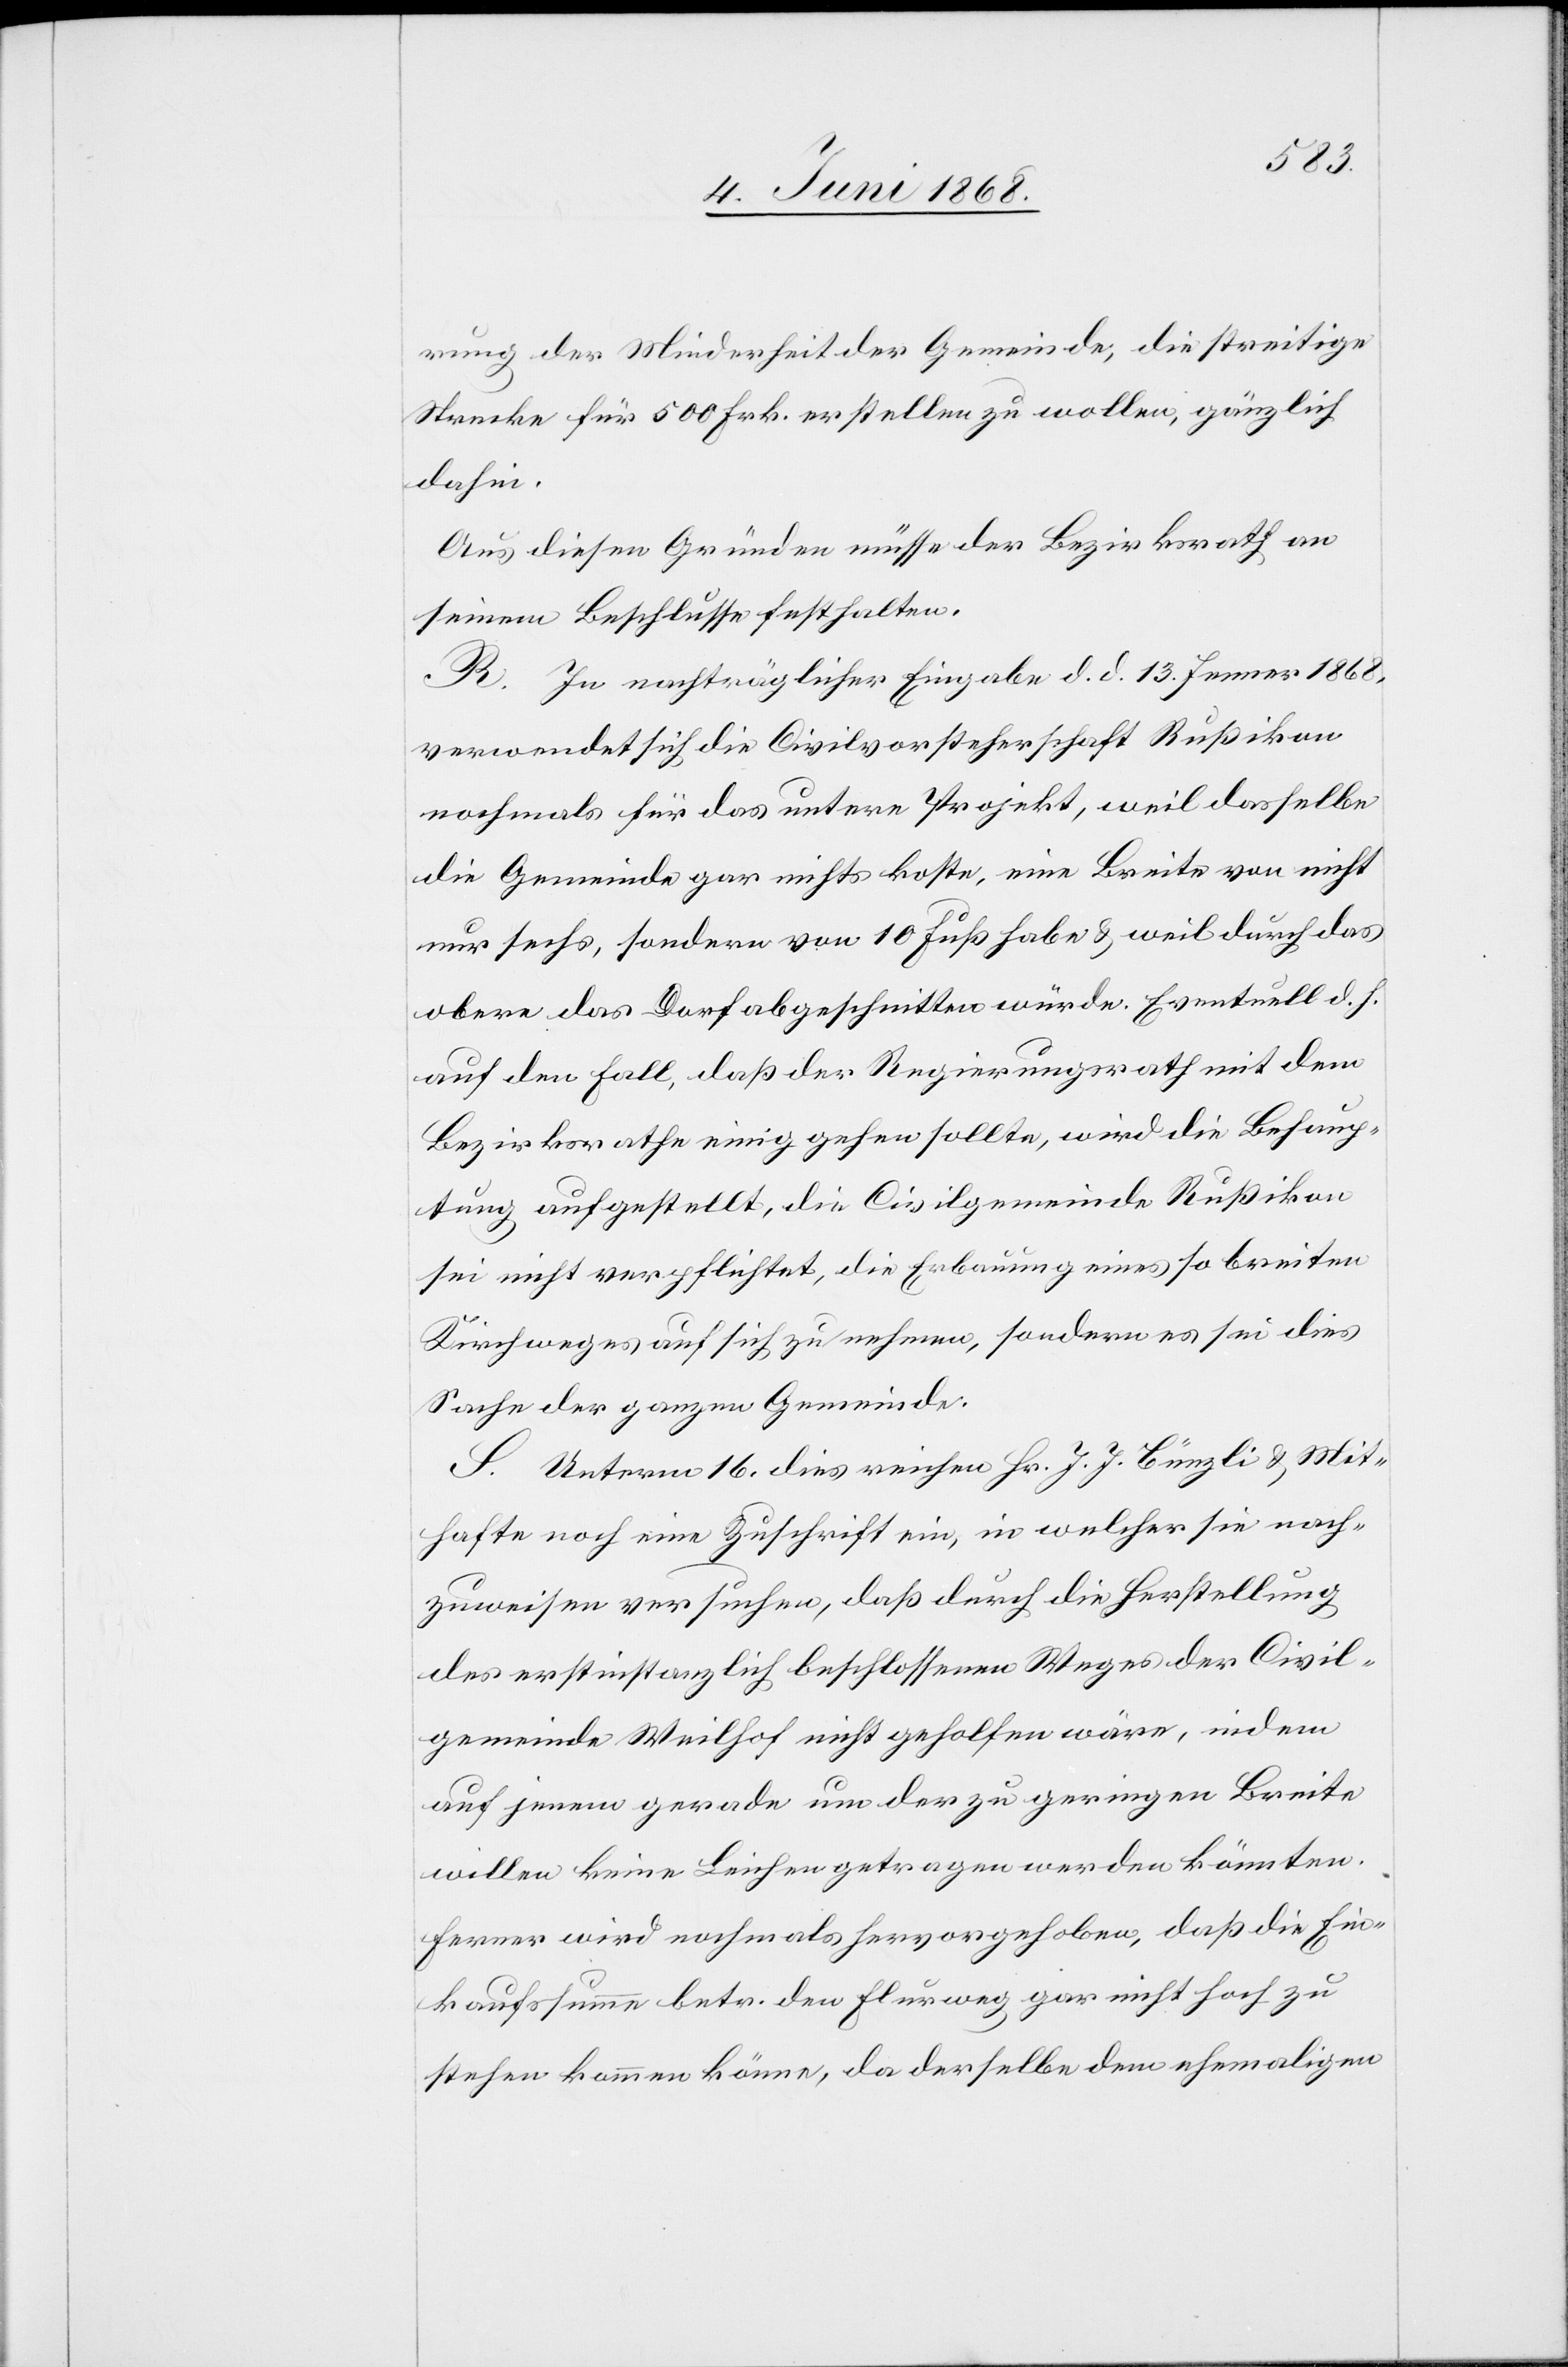
rung der Minderheit der Gemeinde, die streitige
Strecke für 500 Frk. erstellen zu wollen, gänzlich
dahin.
Aus diesen Gründen müsse der Bezirksrath an
seinem Beschlusse festhalten.
R. In nachträglicher Eingabe d. d. 13. Jenner 1868,
verwendet sich die Civilvorsteherschaft Rußikon
nochmals für das untere Projekt, weil dasselbe
die Gemeinde gar nichts koste, eine Breite von nicht
nur sechs, sondern von 10 Fuß habe & weil durch das
obere das Dorf abgeschnitten würde. Eventuell d. h.
auf den Fall, daß der Regierungsrath mit dem
Bezirksrathe einig gehen sollte, wird die Behaup¬
tung aufgestellt, die Civilgemeinde Rußikon
sei nicht verpflichtet, die Erbauung eines so breiten
Kirchweges auf sich zu nehmen, sondern es sei dies
Sache der ganzen Gemeinde.
S. Unterm 16. dies reichen Hr. J. J. Bünzli & Mit¬
hafte noch eine Zuschrift ein, in welcher sie nach¬
zuweisen versuchen, daß durch die Herstellung
des erstinstanzlich beschlossenen Weges der Civil¬
gemeinde Weilhof nicht geholfen wäre, indem
auf jenem gerade um der zu geringen Breite
willen keine Leichen getragen werden könnten.
Ferner wird nochmals hervorgehoben, daß die Ein¬
kaufssumme betr. den Flurweg gar nicht hoch zu
stehen kommen könne, da derselbe dem ehemaligen